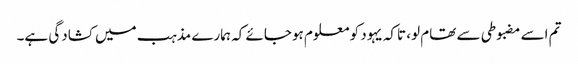
تم اسے مضبوطی سے تھام لو، تاکہ یہود کو معلوم ہوجائے کہ ہمارے مذہب میں کشادگی ہے۔